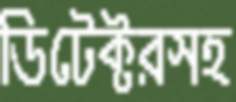
ডিটেক্টরসহ